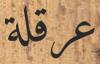
عرقلة